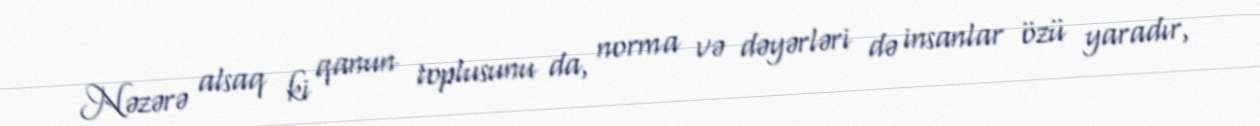
Nəzərə alsaq ki qanun toplusunu da, norma və dəyərləri də insanlar özü yaradır,